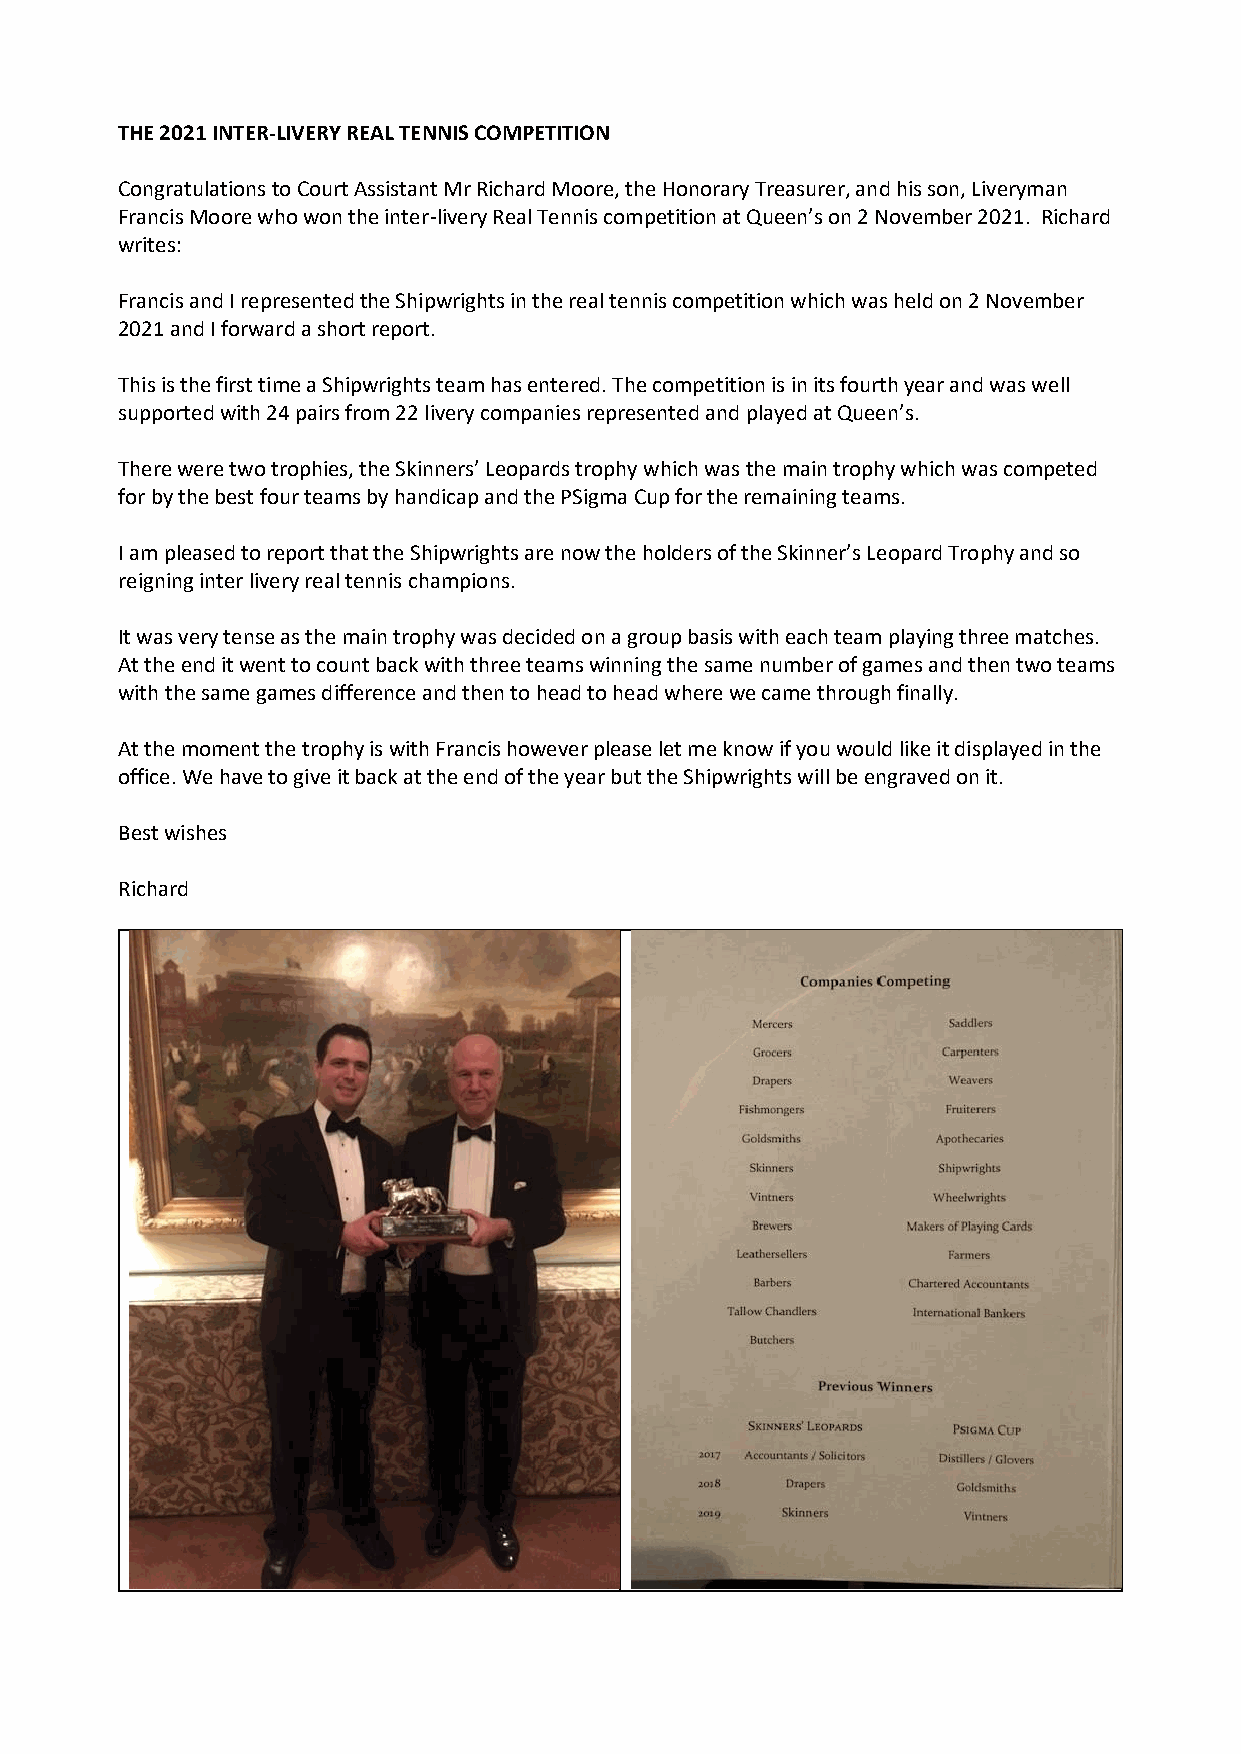
THE 2021 INTER-LIVERY REAL TENNIS COMPETITION
 Congratulations to Court Assistant Mr Richard Moore, the Honorary Treasurer, and his son, Liveryman
 Francis Moore who won the inter-livery Real Tennis competition at Queen’s on 2 November 2021. Richard
 writes:
 Francis and I represented the Shipwrights in the real tennis competition which was held on 2 November
 2021 and I forward a short report.
 This is the first time a Shipwrights team has entered. The competition is in its fourth year and was well
 supported with 24 pairs from 22 livery companies represented and played at Queen’s.
 There were two trophies, the Skinners’ Leopards trophy which was the main trophy which was competed
 for by the best four teams by handicap and the PSigma Cup for the remaining teams.
 I am pleased to report that the Shipwrights are now the holders of the Skinner’s Leopard Trophy and so
 reigning inter livery real tennis champions.
 It was very tense as the main trophy was decided on a group basis with each team playing three matches.
 At the end it went to count back with three teams winning the same number of games and then two teams
 with the same games difference and then to head to head where we came through finally.
 At the moment the trophy is with Francis however please let me know if you would like it displayed in the
 office. We have to give it back at the end of the year but the Shipwrights will be engraved on it.
 Best wishes
 Richard